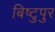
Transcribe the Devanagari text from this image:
बिष्टुपुर